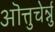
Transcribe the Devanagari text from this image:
ऒत्तुचेर्न्नु